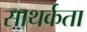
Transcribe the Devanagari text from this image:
साथर्कता